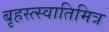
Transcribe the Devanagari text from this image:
बृहस्त्स्वातिमित्र